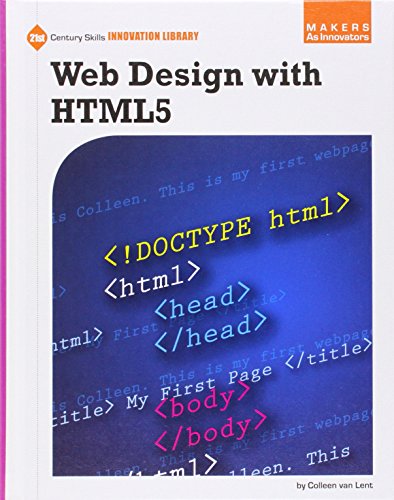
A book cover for Web Design With HTML5 (Makers As Innovators); Colleen Van Lent; Children's Books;